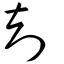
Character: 剋